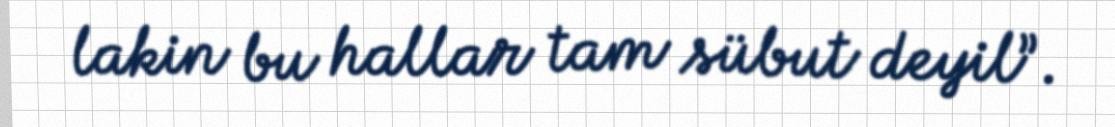
lakin bu hallar tam sübut deyil”.